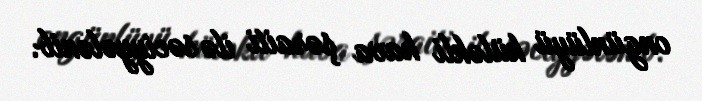
ongünlüyü küləkli hava şəraiti ilə səciyyələnib.